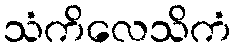
သံကိလေသိကံ